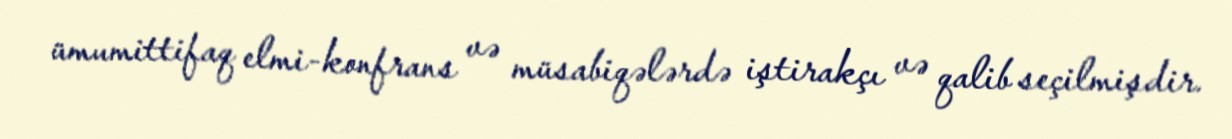
ümumittifaq elmi-konfrans və müsabiqələrdə iştirakçı və qalib seçilmişdir.